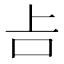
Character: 𠮳